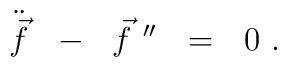
\ddot{\vec{f}}\ \ -\ \ \vec{f}^{\ \prime\prime}\ \  =\ \ 0\ .